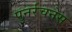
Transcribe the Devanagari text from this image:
पुनर्रचनेस